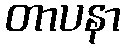
တာပနာ